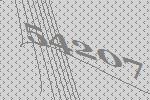
54207